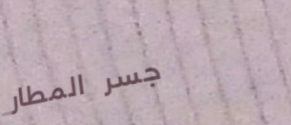
جسر المطار